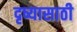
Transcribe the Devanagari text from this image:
दृष्यासाठी